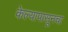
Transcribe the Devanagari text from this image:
केल्यापासूनचा